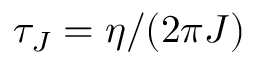
\tau _ { J } = \eta / ( 2 \pi J )